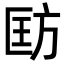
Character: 𪯵